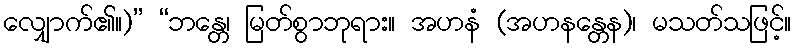
လျှောက်၏။)” “ဘန္တေ၊ မြတ်စွာဘုရား။ အဟနံ (အဟနန္တေန)၊ မသတ်သဖြင့်။